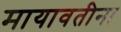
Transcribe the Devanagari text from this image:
मायावतीना